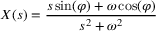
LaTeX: X ( s ) = { \frac { s \sin ( \varphi ) + \omega \cos ( \varphi ) } { s ^ { 2 } + \omega ^ { 2 } } }